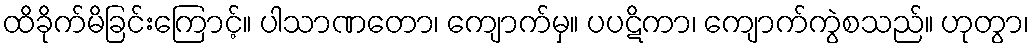
ထိခိုက်မိခြင်းကြောင့်။ ပါသာဏတော၊ ကျောက်မှ။ ပပဋိကာ၊ ကျောက်ကွဲစသည်။ ဟုတွာ၊